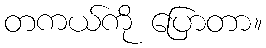
တကယ်ကို ပြောတာ။